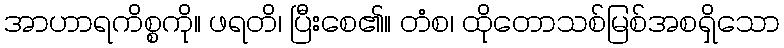
အာဟာရကိစ္စကို။ ဖရတိ၊ ပြီးစေ၏။ တံစ၊ ထိုတောသစ်မြစ်အစရှိသော